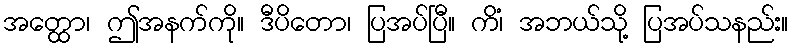
အတ္ထော၊ ဤအနက်ကို။ ဒီပိတော၊ ပြအပ်ပြီ။ ကိံ၊ အဘယ်သို့ ပြအပ်သနည်း။